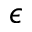
\epsilon